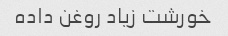
خورشت زیاد روغن داده